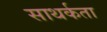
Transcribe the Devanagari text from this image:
साथर्कता